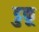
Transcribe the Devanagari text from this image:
डुकू